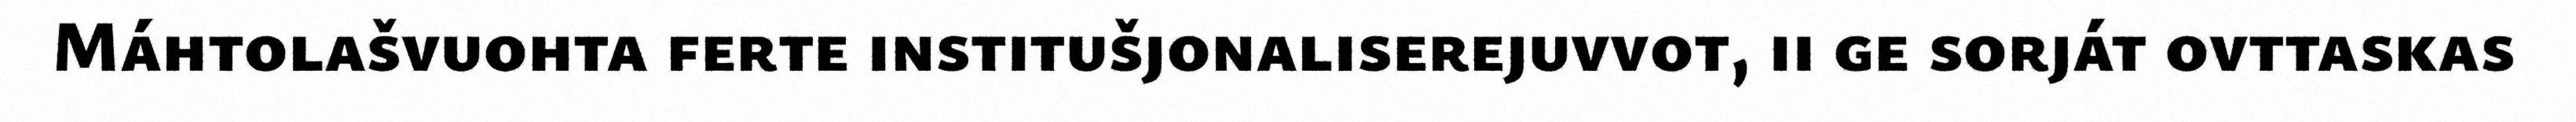
Máhtolašvuohta ferte institušjonaliserejuvvot, ii ge sorját ovttaskas